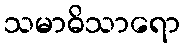
သမာဓိသာရော